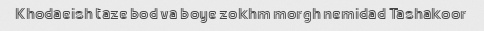
Khodaeish taze bod va boye zokhm morgh nemidad Tashakoor